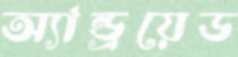
অ্যান্ড্রয়েড